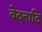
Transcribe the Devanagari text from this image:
वेदनादि